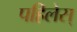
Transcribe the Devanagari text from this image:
पहिलेस्